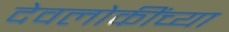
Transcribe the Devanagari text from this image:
देवलोकींच्या